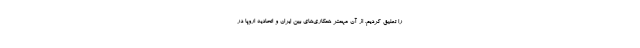
را تعلیق کردیم. از آن مهمتر همکاری‌های بین ایران و اتحادیه اروپا در